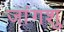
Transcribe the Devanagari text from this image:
जांगशु